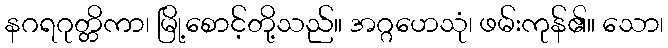
နဂရဂုတ္တိကာ၊ မြို့စောင့်တို့သည်။ အဂ္ဂဟေသုံ၊ ဖမ်းကုန်၏။ သော၊